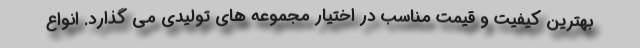
بهترین کیفیت و قیمت مناسب در اختیار مجموعه های تولیدی می گذارد. انواع